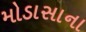
મોડાસાના